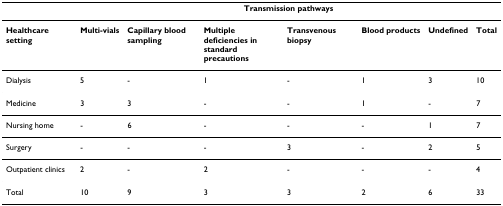
|  | <COLSPAN=7> Transmission pathways |
 | --- | --- | --- | --- | --- | --- | --- | --- |
 | Healthcare setting | Multi-vials | Capillary blood sampling | Multiple deficiencies in standard precautions | Transvenous biopsy | Blood products | Undefined | Total |
 | Dialysis | 5 | - | 1 | - | 1 | 3 | 10 |
 | Medicine | 3 | 3 | - | - | 1 | - | 7 |
 | Nursing home | - | 6 | - | - | - | 1 | 7 |
 | Surgery | - | - | - | 3 | - | 2 | 5 |
 | Outpatient clinics | 2 | - | 2 | - | - | - | 4 |
 | Total | 10 | 9 | 3 | 3 | 2 | 6 | 33 |